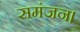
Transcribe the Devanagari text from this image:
समंजन।